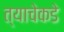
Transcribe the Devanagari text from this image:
त्याचेकडे